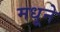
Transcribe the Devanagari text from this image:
मधूने